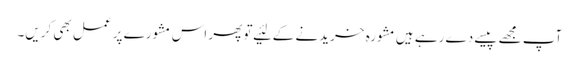
آپ مجھے پیسے دے رہے ہیں‌مشورہ خریدنے کے لئیے تو پھر اس مشورے پر عمل بھی کریں‌۔